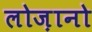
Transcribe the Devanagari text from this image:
लोज़ानो